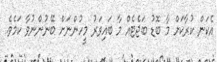
އެކަން ކުރާކަށް މާ ބޮޑު ބަޖެޓެއް މާ ބައިވަރު މީހުންނަށް ބޭނުންނުވާ ކަމެވެ.